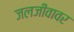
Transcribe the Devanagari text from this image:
जलजीवावर